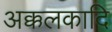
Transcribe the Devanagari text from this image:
अक्कलकादि